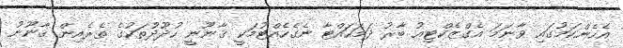
އެހެންކަމުގައި ވާނަމަ އެގްޒެކްޓިއު ބާރު ދަމަހައްޓާ ނެގެހެއްޓުމަކީ ޤާނޫނީ ހުދޫދުތަކުގެ ތެރެއިން ޤާނޫނު